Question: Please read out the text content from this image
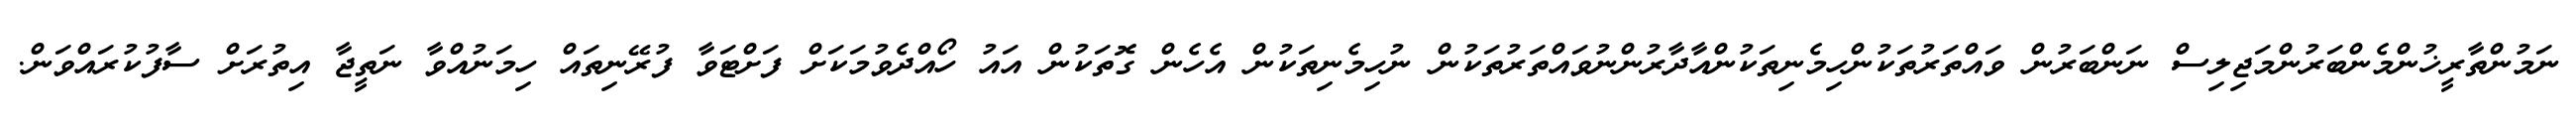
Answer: ނަމުންތާރީޚުންމެންބަރުންމަޖިލިސް ނަންބަރުން ވައްތަރުތަކުންހިމެނިތަކުންއާދާރުންނުވައްތަރުތަކުން ނުހިމެނިތަކުން އެހެން ގޮތަކުން އައު ހޯއްދެވުމަކަށް ފަށްޓަވާ ފުރޭނިތައް ހިމަނުއްވާ ނަތީޖާ އިތުރަށް ސާފުކުރައްވަން.